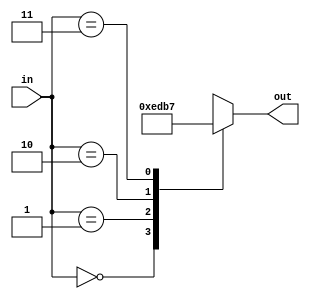
`timescale 1ns / 1ps
//////////////////////////////////////////////////////////////////////////////////
// Company: 
// Engineer: 
// 
// Design Name: 
// Module Name: 2_to_four_decoder
// Project Name: 
// Target Devices: 
// Tool Versions: 
// Description: 
// 
// Dependencies: 
// 
// Revision:
// Revision 0.01 - File Created
// Additional Comments:
// 
//////////////////////////////////////////////////////////////////////////////////


module two_to_four_decoder(
    input [1:0] in,
    output reg [3:0] out
    );
    
    always@(in) begin
        case(in)
        2'b00:
            out <= 4'b1110;
        2'b01:
            out <= 4'b1101;
        2'b10:
            out <= 4'b1011;
        2'b11:
            out <= 4'b0111;
        endcase
    end
endmodule